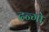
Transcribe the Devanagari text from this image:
दन्गो